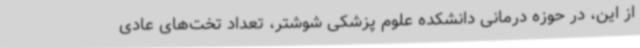
از این، در حوزه درمانی دانشکده علوم پزشکی شوشتر، تعداد تخت‌های عادی